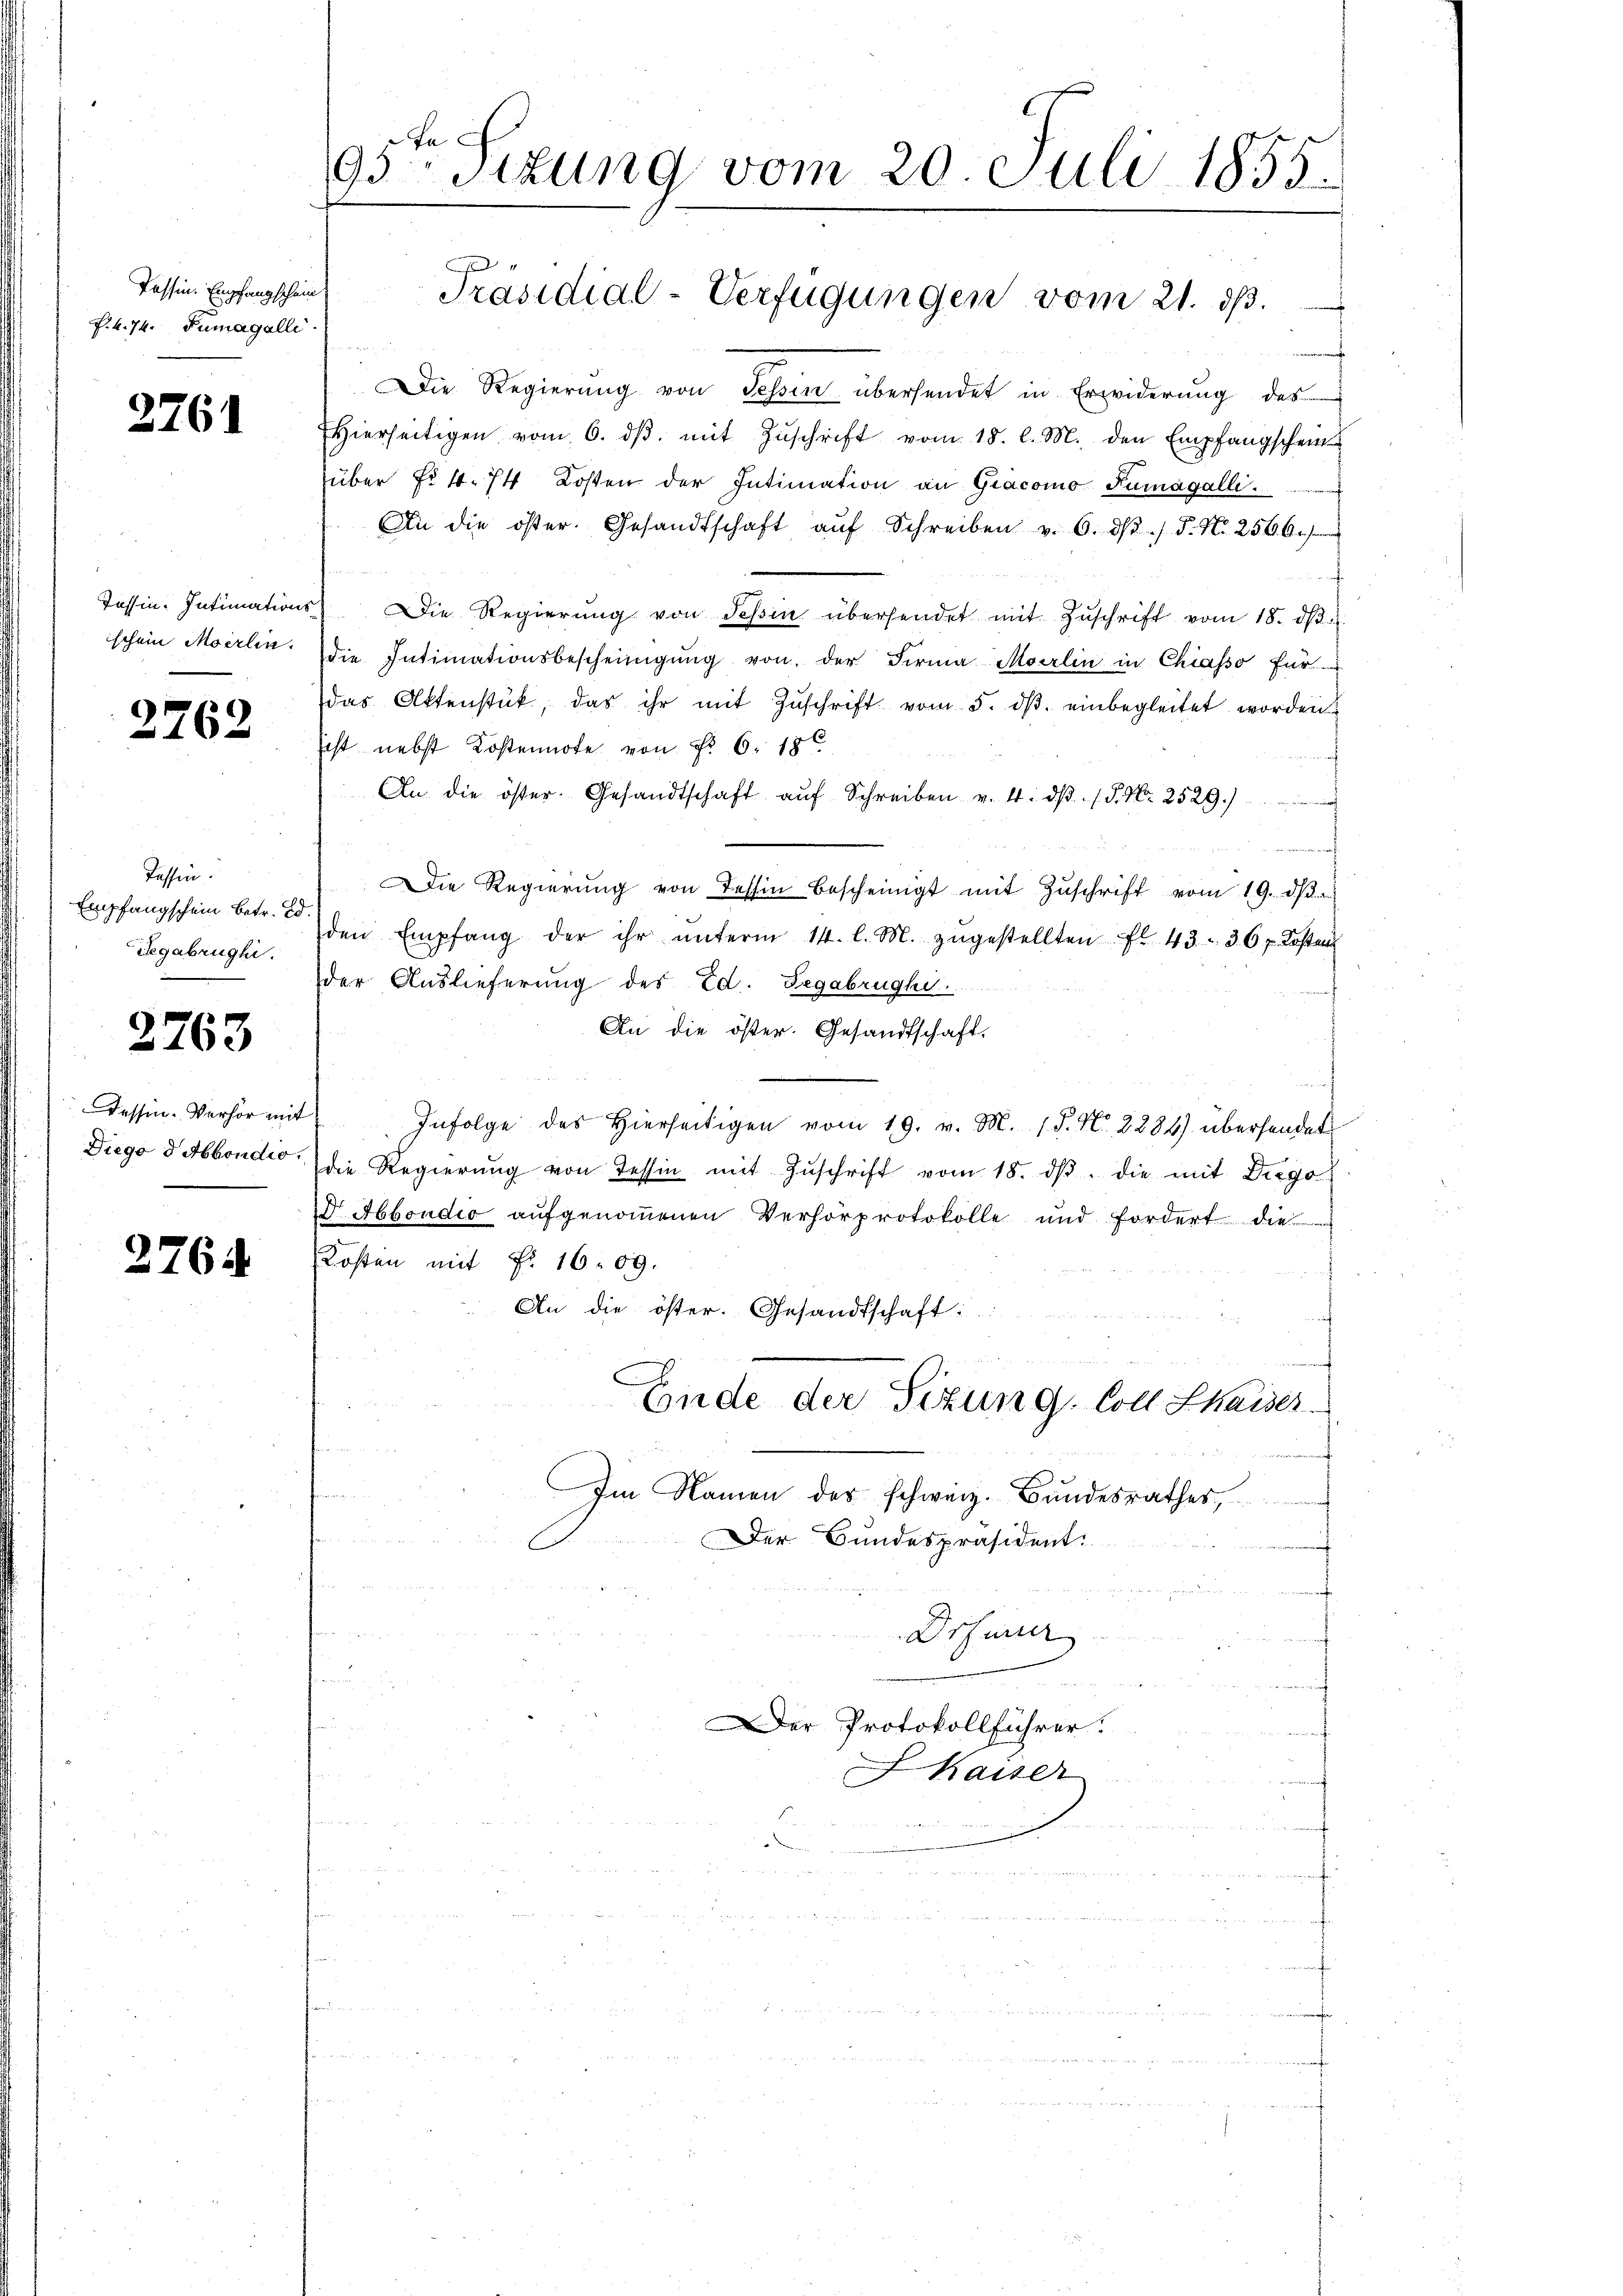
Tessin. Empfangschein
P. k. 74. Zumagalli

2761

ischein Moerlin.

2762

Lassen.
Empfangschein, betr. E
Segabrughi.

2763

Tessin-Verhör mit

2764

95ten Sizung vom 20 Juli 1855.

1 M.
Die Regierŭng von Tessin übersendet in Erwiderŭng des
Hierseitigen vom 6. dβ. mit Zuschrift vom 18. l. M. den Empfangschein
über Fr. 4. 74 Kosten der Intimation an Gracomo Fumagalli
An die öster. Gesandtschaft aŭf Schreiben v. 6. ds. ./. P. Nr. 2566.
Tessin. Intimations Die Regierŭng von Tessin übersendet mit Zŭschrift vom 18. dβ.
die Intimationsbescheinigŭng von der Firma Moelin in Chiasso für
das Aktenstük, das ihr mit Zŭschrift vom 5. dβ einbegleitet worden.
ist nebst Kostennote von Nr. 6. 186
n
An die öster. Gesandtschaft aŭf Schreiben v. 4. dβ. P. Nr. 2529.)
dirten
Die Regierŭng von dessin bescheinigt mit Zŭschrift vom 19. dβ.
den Empfang der ihr ŭnterm 14. l. M. zugestellten fl. 43. 36 f. Kosten
der Auslieferung des Ed. Begabrughi.
An die öster. Gesandtschaft.
Infolge des hierseitigen vom 19. v. M. 18. No. 2284) übersendet
Diego d. Abendio die Regierŭng von Tessin mit Zŭschrift vom 18. dβ. die mit Dirgo
Dr. Abendio aufgenommenen Verhörprotokolle und fordert die
Kosten mit Fr. 1609.
An die öster. Gesandtschaft:
Ende der Sizung. Coll Shaiser.
Im Namen des schweiz. Bundesrathes,
Der Bundespräsident.
Drsunter
Der Protokollführer.
Kaiser

Präsidial-Verfügungen vom 21. d.